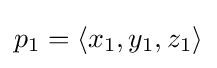
{\textstyle p_{1}=\langle x_{1},y_{1},z_{1}\rangle }